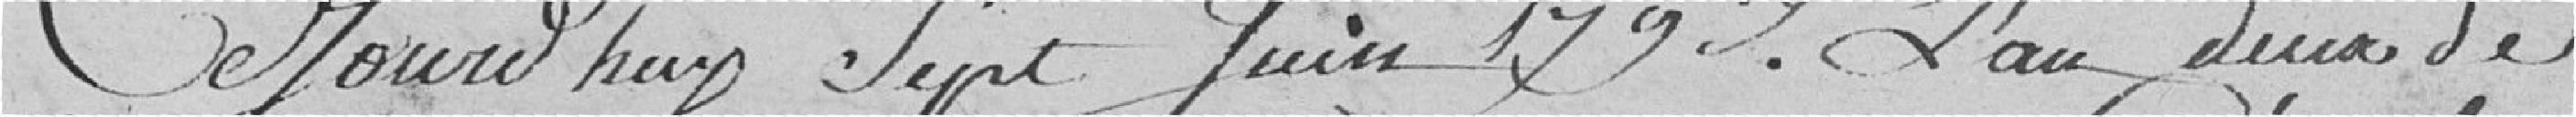
Aujourd'hui sept juin 1793, l'an deux de